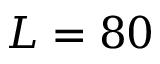
L = 8 0